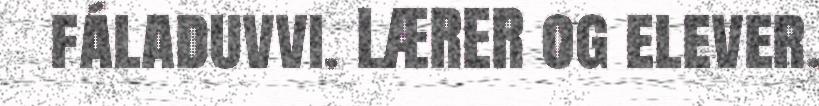
fáladuvvi. LÆRER og elever.